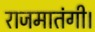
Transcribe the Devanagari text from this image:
राजमातंगी।